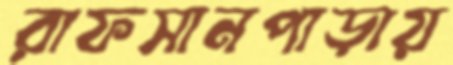
রাফসানপাড়ায়